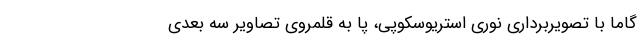
گاما با تصویربرداری نوری استریوسکوپی، پا به قلمروی تصاویر سه بعدی